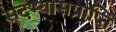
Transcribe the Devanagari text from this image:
सदभ्यासप्राप्ति